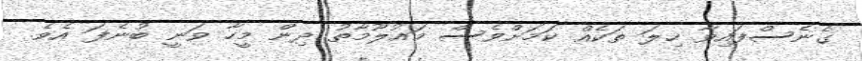
ގެނެސްފައިވާ ހިލަ ތަކެއް ކަމަށްވެސް މައުލޫމާތު ދިން މީހާ ވަނީ ބުނެފަ އެވެ.